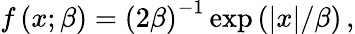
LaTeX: f\left(x;\beta\right)=\left(2\beta\right)^{-1}\exp\left(\left|x\right|/\beta\right)\, ,